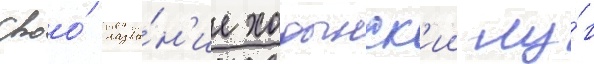
Своо́ назва́н'ие ходынск'ии лу́г